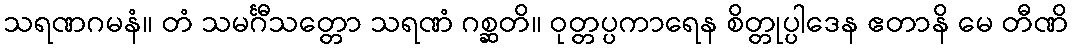
သရဏဂမနံ။ တံ သမင်္ဂီသတ္တော သရဏံ ဂစ္ဆတိ။ ဝုတ္တပ္ပကာရေန စိတ္တုပ္ပါဒေန ဧတာနိ မေ တီဏိ